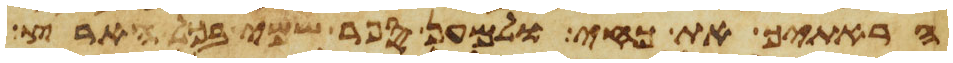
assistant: הראתיך את כחי ולמען ספר שמי בכל הארץ